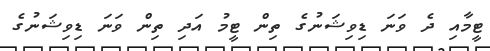
ޓީމާއި ދެ ވަނަ ޑިވިޝަނުގެ ތިން ޓީމު އަދި ތިން ވަނަ ޑިވިޝަނުގެ